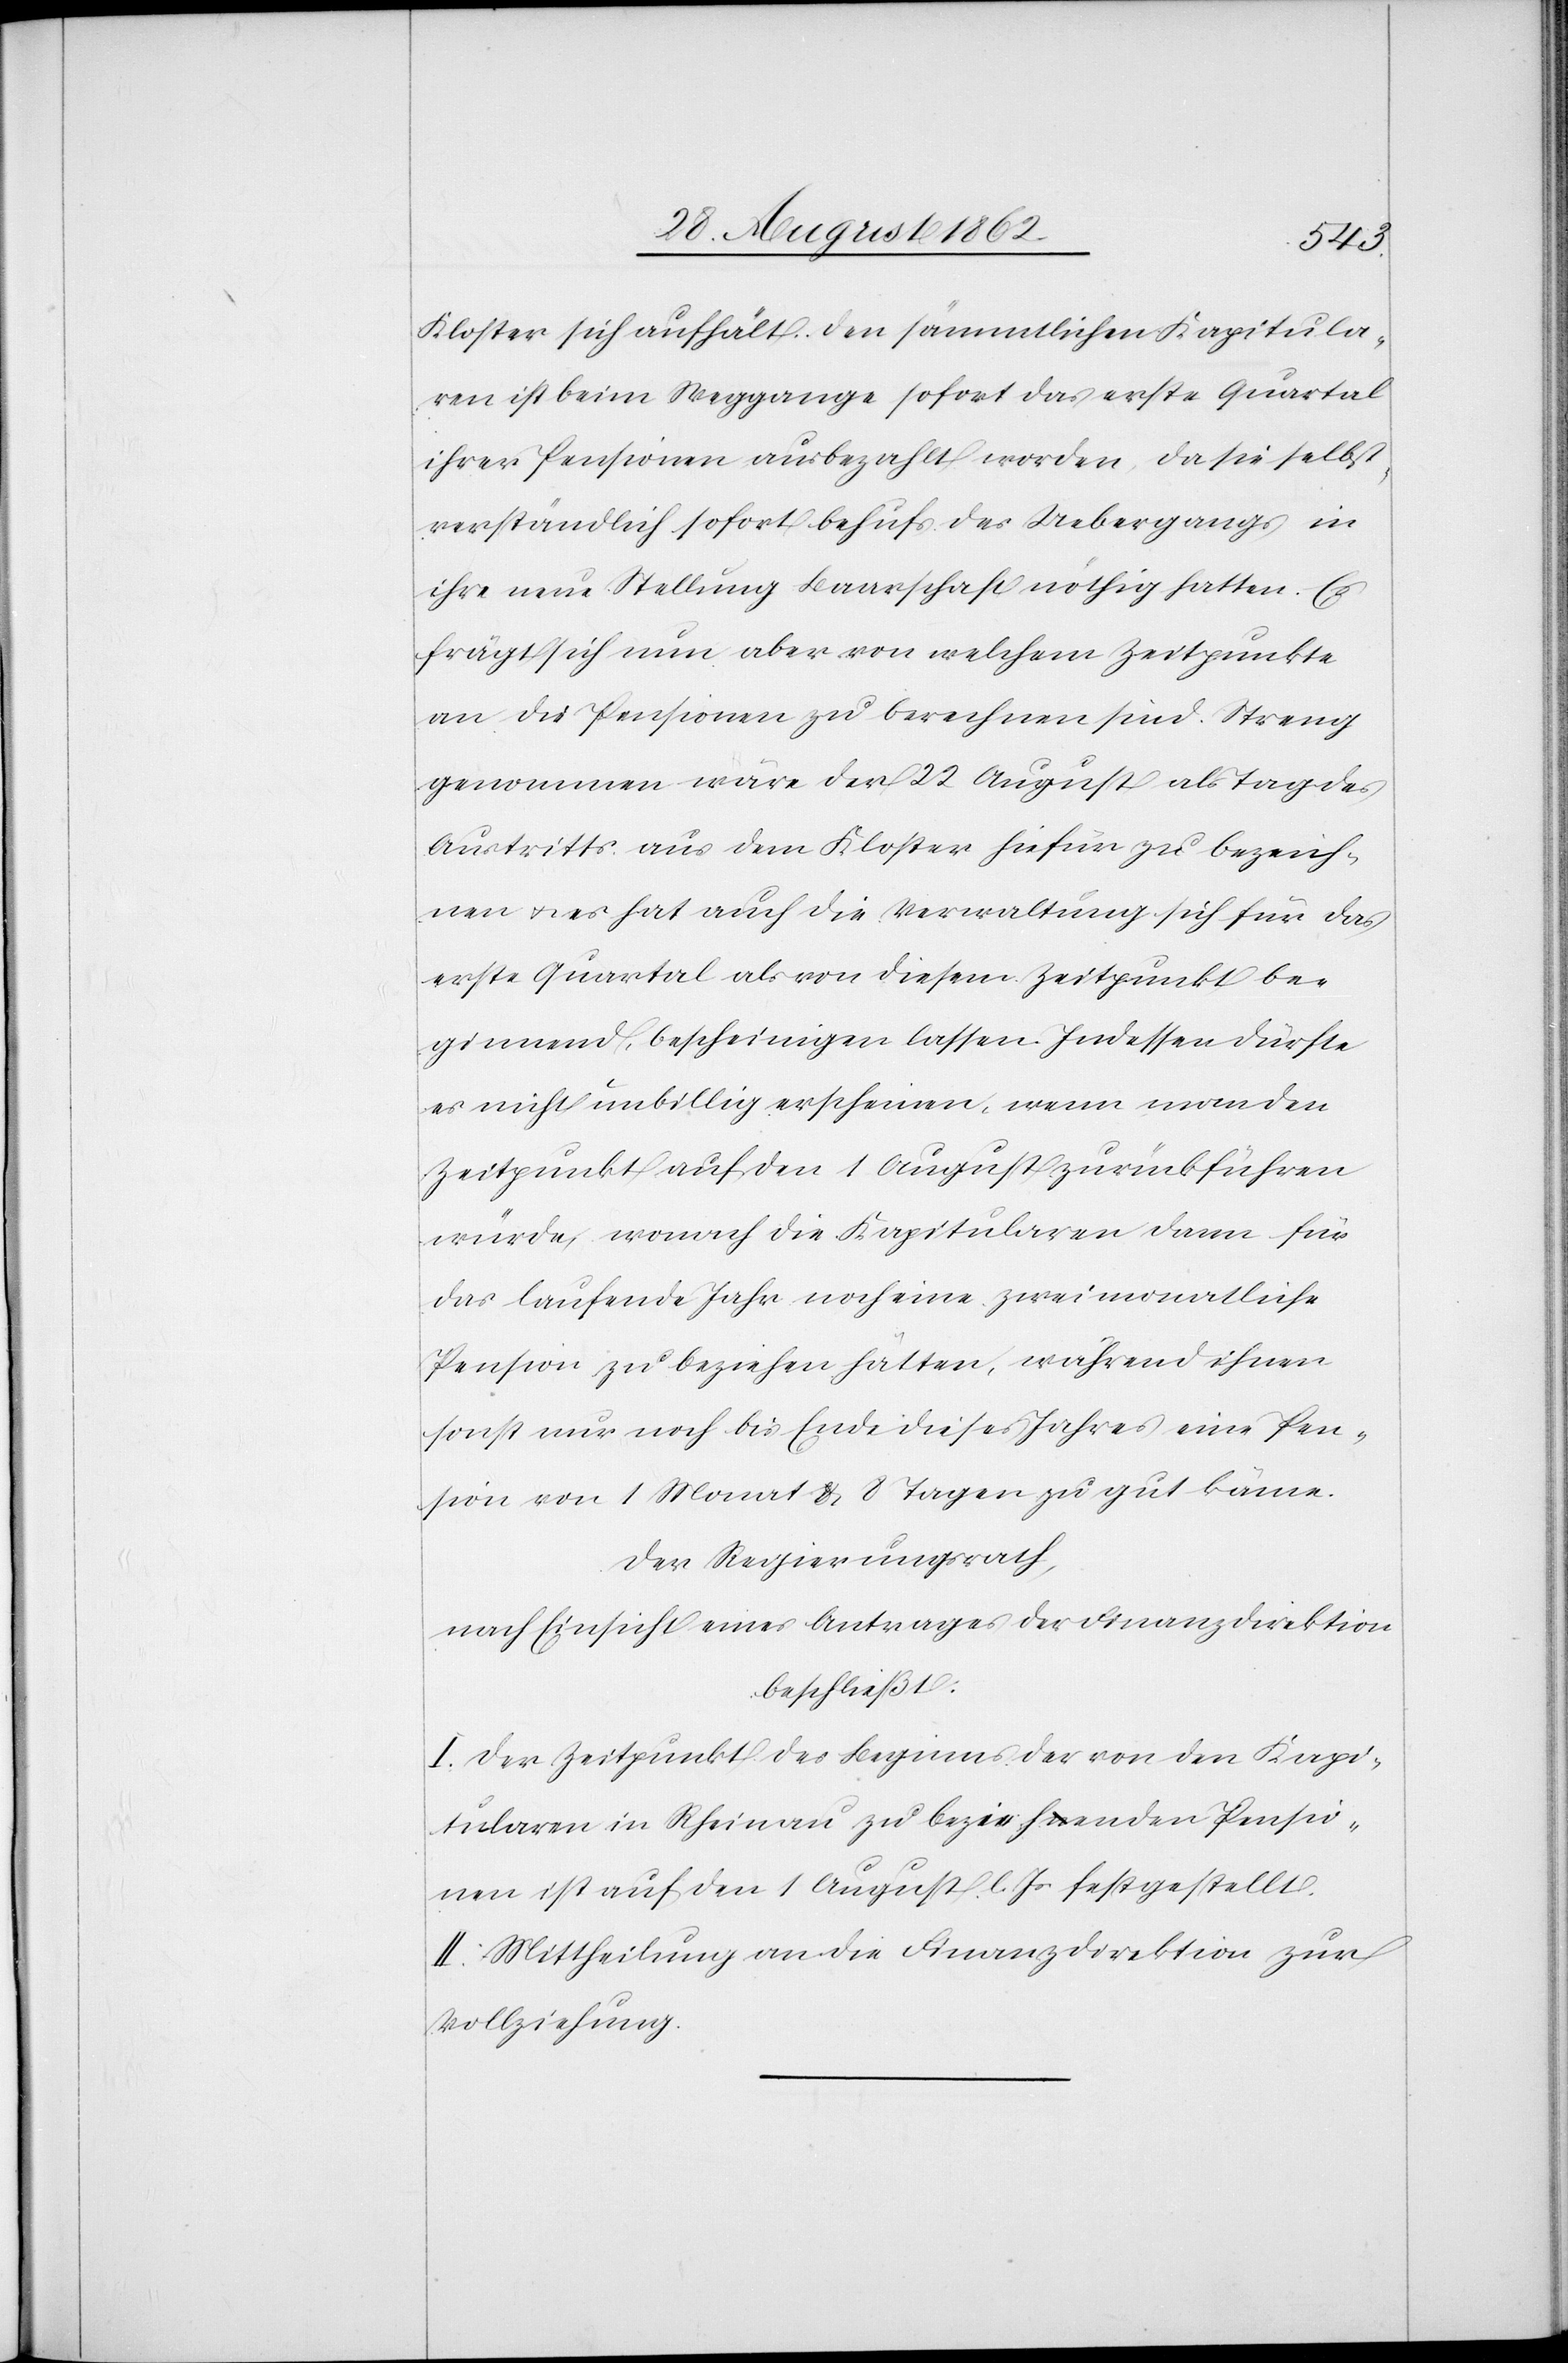
Kloster sich aufhält. Den sämmtlichen Kapitula¬
ren ist beim Weggange sofort das erste Quartal
ihrer Pensionen ausbezahlt worden, da sie selbst¬
verständlich sofort behufs des Uebergangs in
ihrer neuen Stellung Baarschaft nöthig hatten. Es
frägt sich nun aber von welchem Zeitpunkte
an die Pensionen zu berechnen sind. Streng
genommen wäre der 22. August als Tag des
Austritts aus dem Kloster hiefür zu bezeich¬
nen u. es hat auch die Verwaltung sich für das
erste Quartal als von diesem Zeitpunkt be¬
ginnend, bescheinigen lassen. Indessen dürfte
es nicht unbillig erscheinen, wenn man den
Zeitpunkt auf den 1. August zurückführen
würde, wonach die Kapitularen dann für
das laufende Jahr noch eine zwei monatliche
Pension zu beziehen hätte, während ihnen
sonst nur noch bis Ende dieses Jahres eine Pen¬
sion von 1 Monat u. 8 Tagen zu gut käme.
Der Regierungsrath,
nach Einsicht eines Antrages der Finanzdirektion
beschließt:
I. Der Zeitpunkt des Beginns der von den Kapi¬
tularen in Rheinau zu beziehenden Pensio¬
nen ist auf den 1. August l. Js. festgestellt.
II. Mittheilung an die Finanzdirektion zur
Vollziehung.